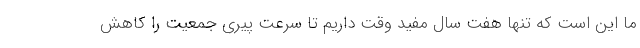
ما این است که تنها هفت سال مفید وقت داریم تا سرعت پیری جمعیت را کاهش